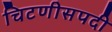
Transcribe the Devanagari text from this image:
चिटणीसपदी